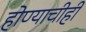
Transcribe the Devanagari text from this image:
होण्याचीही